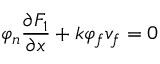
\varphi _ { n } \frac { \partial F _ { 1 } } { \partial x } + k \varphi _ { f } v _ { f } = 0